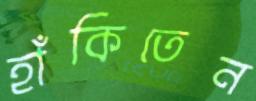
হাঁকিতেন